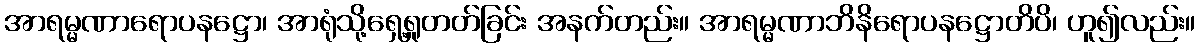
အာရမ္မဏာရောပနဋ္ဌော၊ အာရုံသို့ရှေ့ရှုတတ်ခြင်း အနက်တည်း။ အာရမ္မဏာဘိနိရောပနဋ္ဌောတိပိ၊ ဟူ၍လည်း။